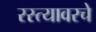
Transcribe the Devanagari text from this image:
रस्त्यावरचे